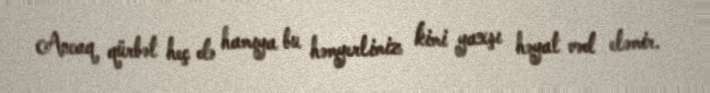
Ancaq qürbət heç də hamıya bu həmyerlimiz kimi yaxşı həyat vəd eləmir.